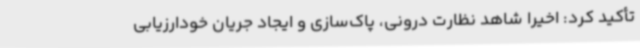
تأکید کرد: اخیراً شاهد نظارت درونی، پاک‌سازی و ایجاد جریان خودارزیابی